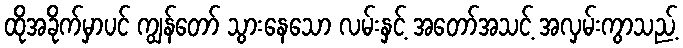
ထိုအခိုက်မှာပင် ကျွန်တော် သွားနေသော လမ်းနှင့် အတော်အသင့် အလှမ်းကွာသည့်